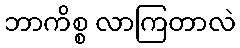
ဘာကိစ္စ လာကြတာလဲ